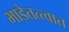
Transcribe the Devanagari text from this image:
भाडेतत्त्वात